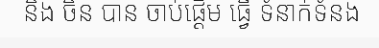
និង ចិន បាន ចាប់ផ្តើម ធ្វើ ទំនាក់ទំនង